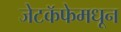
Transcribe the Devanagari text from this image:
जेटकॅफेमधून